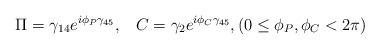
LaTeX: \begin{align*}\Pi=\gamma_{14} e^{i\phi_P \gamma_{45}}, \;\;\; C=\gamma_{2} e^{i\phi_C \gamma_{45}}, (0\leq \phi_P,\phi_C < 2\pi)\end{align*}